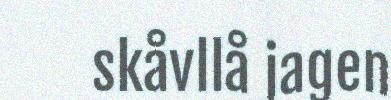
skåvllå jagen